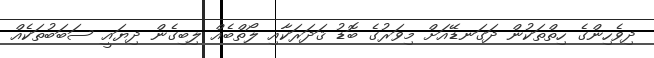
ދިވެހިންގެ ހިތްތަކުން ދަގަނޑޭއަށް މިވަރުގެ ބޮޑު ޤަދަރަކާއި ލޯތްބެއް ލިބިގެން ދިޔައީ ސަބަބުތަކެއް